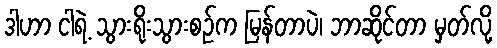
ဒါဟာ ငါရဲ့ သွားရိုးသွားစဉ်က မြန်တာပဲ၊ ဘာဆိုင်တာ မှတ်လို့